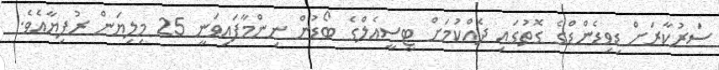
ސަރުކާރަށް ޑިވިޑެންޑްގެ ގޮތުގައި ދެއްކުމަށް ޓީސީއެލްގެ ބޯޑުން ނިންމާފައިވަނީ 25 މިލިޔަން ރުފިޔާއެވެ.